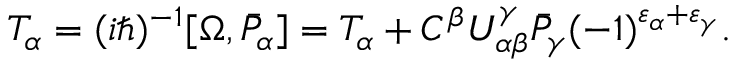
{ \cal T } _ { \alpha } = ( i \hbar ) ^ { - 1 } [ \Omega , \bar { \cal P } _ { \alpha } ] = T _ { \alpha } + C ^ { \beta } U _ { \alpha \beta } ^ { \gamma } \bar { \cal P } _ { \gamma } ( - 1 ) ^ { \varepsilon _ { \alpha } + \varepsilon _ { \gamma } } .